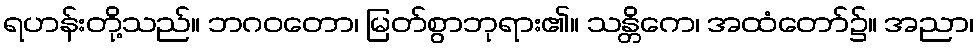
ရဟန်းတို့သည်။ ဘဂဝတော၊ မြတ်စွာဘုရား၏။ သန္တိကေ၊ အထံတော်၌။ အညာ၊